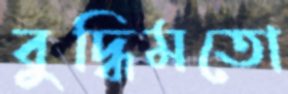
বুদ্ধিমতো